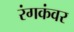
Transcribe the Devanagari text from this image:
रंगकंवर